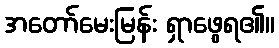
အတော်မေးမြန်း ရှာဖွေရ၏။